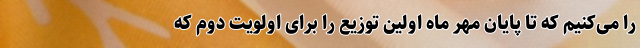
را می‌کنیم که تا پایان مهر ماه اولین توزیع را برای اولویت دوم که